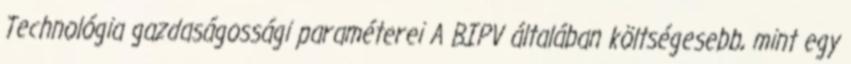
Technológia gazdaságossági paraméterei A BIPV általában költségesebb, mint egy